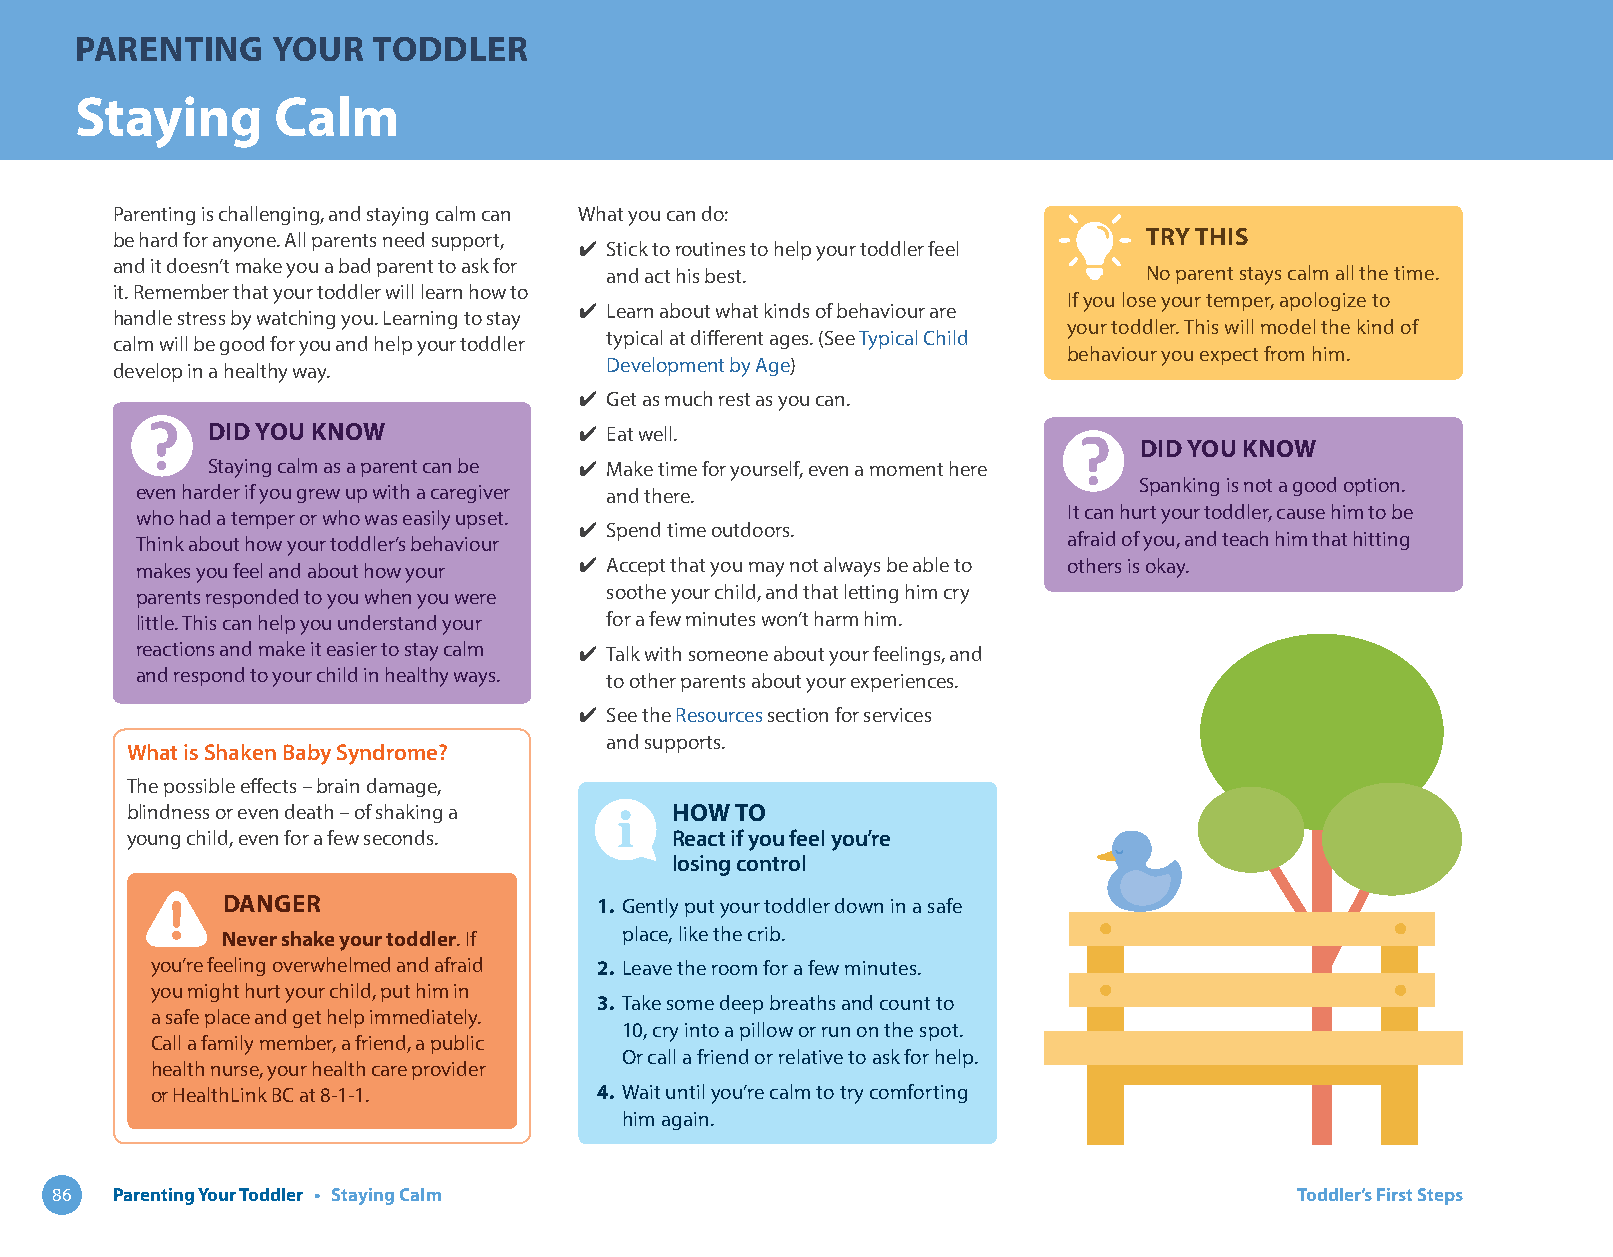
PARENTING    YOUR   TODDLER
 Staying      Calm
 Parenting is challenging, and staying calm can What you can do:
 be hard for anyone. All parents need support,                        TRY THIS
 ✔ Stick to routines to help your toddler feel
 and it doesn’t make you a bad parent to ask for
 and act his best.                   No parent stays calm all the time.
 it. Remember that your toddler will learn how to
 If you lose your temper, apologize to
 ✔ Learn about what kinds of behaviour are
 handle stress by watching you. Learning to stay
 your toddler. This will model the kind of
 typical at different ages. (See Typical Child
 calm will be good for you and help your toddler
 behaviour you expect from him.
 develop in a healthy way.        Development by Age)
 ✔ Get as much rest as you can.
 DID YOU KNOW            ✔ Eat well.
 DID YOU KNOW
 Staying calm as a parent can be ✔ Make time for yourself, even a moment here
 Spanking is not a good option.
 even harder if you grew up with a caregiver and there.
 It can hurt your toddler, cause him to be
 who had a temper or who was easily upset.
 ✔ Spend time outdoors.
 Think about how your toddler’s behaviour                      afraid of you, and teach him that hitting
 makes you feel and about how your ✔ Accept that you may not always be able to others is okay.
 parents responded to you when you were soothe your child, and that letting him cry
 little. This can help you understand your for a few minutes won’t harm him.
 reactions and make it easier to stay calm ✔ Talk with someone about your feelings, and
 and respond to your child in healthy ways. to other parents about your experiences.
 ✔ See the Resources section for services
 and supports.
 What is Shaken Baby Syndrome?
 The possible effects – brain damage,
 blindness or even death – of shaking a HOW TO
 young child, even for a few seconds. React if you feel you’re
 losing control
 DANGER                   1. Gently put your toddler down in a safe
 Never shake your toddler. If place, like the crib.
 you’re feeling overwhelmed and afraid 2. Leave the room for a few minutes.
 you might hurt your child, put him in
 3. Take some deep breaths and count to
 a safe place and get help immediately.
 10, cry into a pillow or run on the spot.
 Call a family member, a friend, a public
 Or call a friend or relative to ask for help.
 health nurse, your health care provider
 or HealthLink BC at 8-1-1.    4. Wait until you’re calm to try comforting
 him again.
 86  Parenting Your Toddler • Staying Calm                                          Toddler’s First Steps